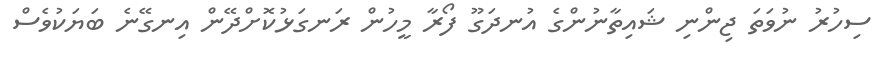
ސިހުރު ނުވަތަ ޖިންނި ޝައިތާނުންގެ އުނދަގޫ ފޯރާ މީހުން ރަނގަޅުކޮށްދޭން އިނގޭނެ ބަޔަކުވެސް